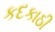
કદકાઠી